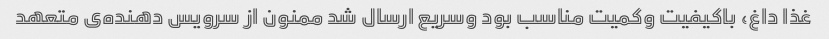
غذا داغ، باکیفیت وکمیت مناسب بود وسریع ارسال شد ممنون از سرویس دهنده‌ی متعهد